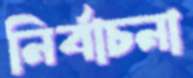
নির্বাচনা